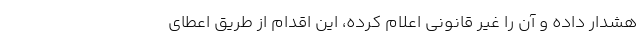
هشدار داده و آن را غیر قانونی اعلام کرده‌، این اقدام از طریق اعطای